Indian journal of veterinary science and animal husbandry - Volumes 18-21, 1948-1951
Year: 1948
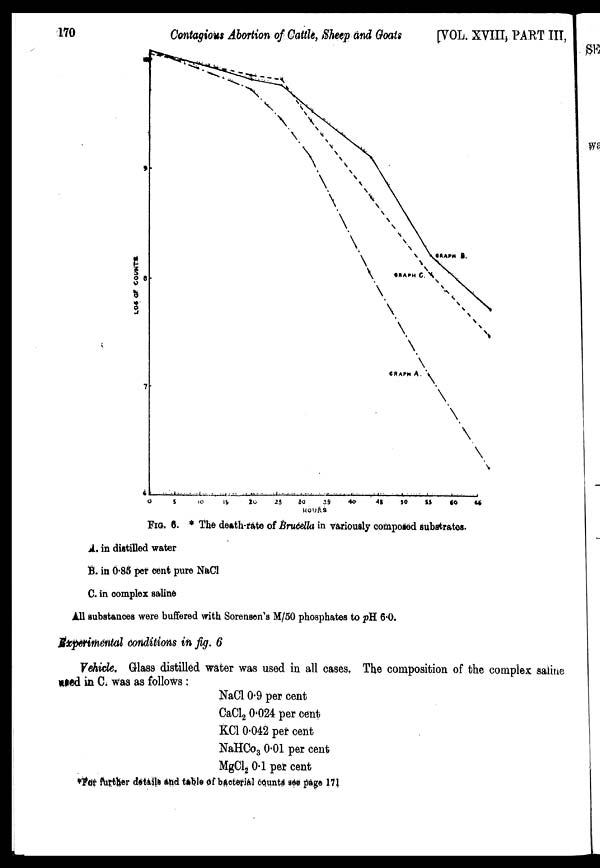
170
Contagious Abortion of Cattle, Sheep and Goats [VOL. XVIII, PART III,
FIG. 6. * The death-rate of Brucella in variously composed substrates.
A. in distilled water
B. in 0.85 per cent pure NaCl
C. in complex saline
All substances were buffered with Sorensen's M/50 phosphates to pH 6.0.
Experimental conditions in fig. 6
Vehicle. Glass distilled water was used in all cases. The composition of the complex saline
used in C. was as follows:
NaCl 0.9 per cent
CaCl 2 0.024 per cent
KCl 0.042 per cent
NaHCo 3 0.01 per cent
MgCl 2 0.1 per cent
*For further details and table of bacterial counts see page 171